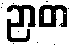
ဉာတ